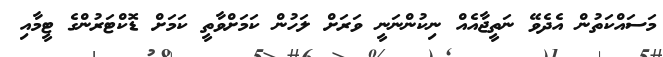
މަސައްކަތުން އެދެވޭ ނަތީޖާއެއް ނިކުންނަނީ ވަރަށް ލަހުން ކަމަށްވާތީ ކަމަށް ޑޮކްޓަރުންގެ ޓީމާއި